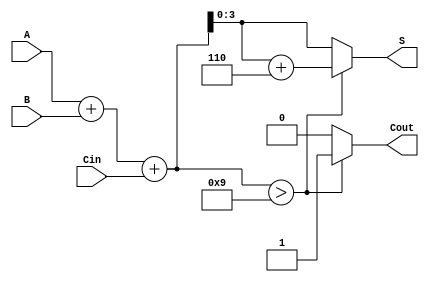
module BCD_Asynchronous_Adder (
    input [3:0] A,      // First BCD digit
    input [3:0] B,      // Second BCD digit
    input Cin,          // Carry-in
    output reg [3:0] S, // BCD sum output
    output reg Cout     // Carry-out
);

    // Internal wires for the binary sum and carry
    wire [4:0] sum;     // 5 bits to accommodate carry
    wire [4:0] adjusted_sum;

    // Binary addition of A, B, and Cin
    assign sum = A + B + Cin;

    // Check if adjustment is needed (sum > 9)
    always @(*) begin
        if (sum > 9) begin
            adjusted_sum = sum + 6; // Add 6 for BCD adjustment
            Cout = 1;                // Set carry-out
        end else begin
            adjusted_sum = sum;      // No adjustment needed
            Cout = 0;                // Clear carry-out
        end
        S = adjusted_sum[3:0];      // Assign the lower 4 bits to S
    end

endmodule